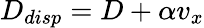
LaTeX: D_{disp}=D+\alpha v_{x}